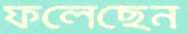
ফলেছেন